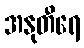
အနုတီရေ